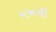
મખની